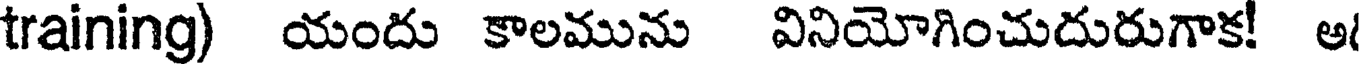
training) యందు కాలమును వినియోగించుదురుగాక! అ